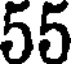
55